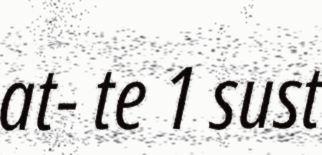
at- te 1 sust